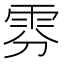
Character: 雰